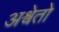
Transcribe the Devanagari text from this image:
अश्वेतो